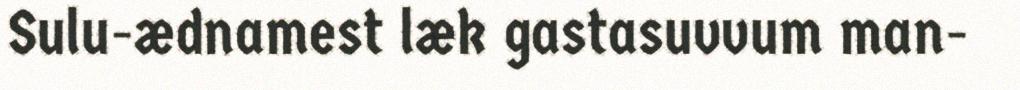
Sulu-ædnamest læk gastasuvvum man-